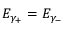
E _ { \gamma _ { + } } = E _ { \gamma _ { - } }